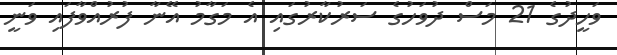
ވަހީދުގެ 21 މަސް ދުވަހުގެ ސަރުކާރުގައި އެ މަގާމު އޭނާ ފުރުއްވާފައި ވަނީ